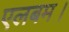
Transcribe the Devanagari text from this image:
एलबम।